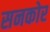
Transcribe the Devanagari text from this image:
सनकोर